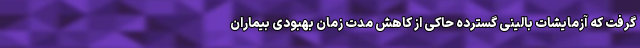
گرفت که آزمایشات بالینی گسترده حاکی از کاهش مدت زمان بهبودی بیماران